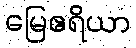
မြေဧရိယာ